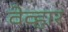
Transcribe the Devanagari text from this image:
वेव्हार